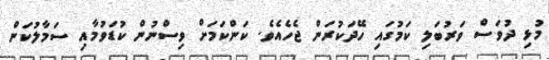
މުޅި ދުވަސް ވަރުބަލި ކަމުގައި ހޭދަކުރަން ޖެހެއެވެ. ކަންކަމަށް ވިސްނުން ކުޑަވުމާއި ސަމާލުކަން